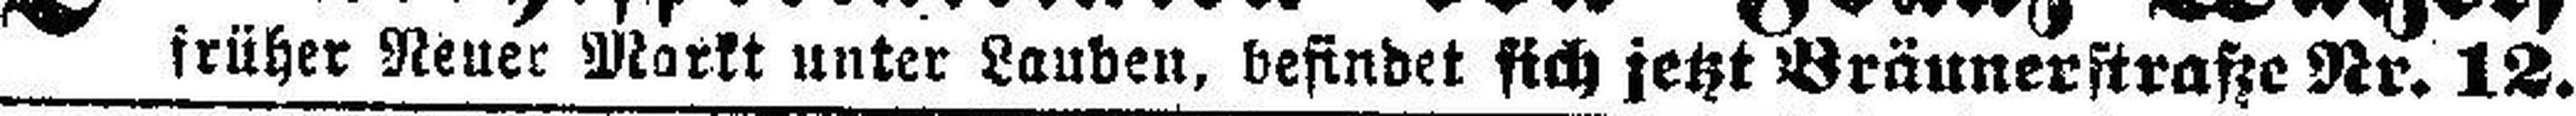
früher Neuer Markt Unter Lauben, befindet sich jetzt Bräunerstraße Nr. 12.